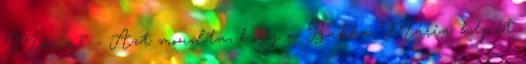
Mária? - Azt mondta, hogy a Babba Mária képét